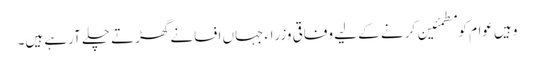
وہیں عوام کو مطمئین کرنے کے لیے وفاقی وزراء جہاں افسانے گھڑتے چلے آرہے ہیں۔